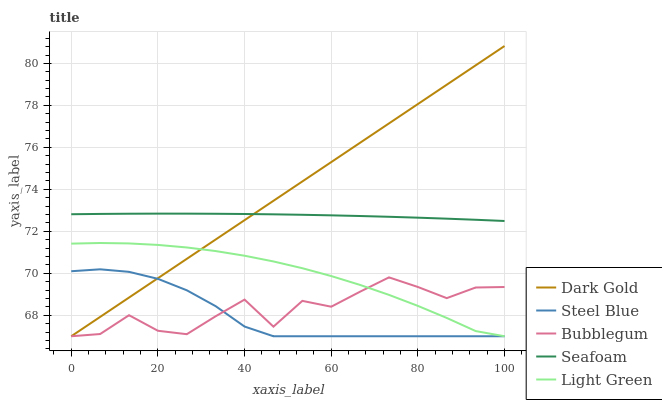
| xaxis_label | Dark Gold | Steel Blue | Bubblegum | Seafoam | Light Green |
 | --- | --- | --- | --- | --- | --- |
 | 0 | 67 | 70.1 | 67 | 72.8 | 71.4 |
 | 6.67 | 67.9 | 70.2 | 67.1 | 72.8 | 71.4 |
 | 13.3 | 68.8 | 70.1 | 68 | 72.8 | 71.4 |
 | 20 | 69.8 | 69.7 | 67.3 | 72.8 | 71.4 |
 | 26.7 | 70.7 | 69.2 | 67.1 | 72.8 | 71.2 |
 | 33.3 | 71.6 | 68.4 | 68 | 72.8 | 71.1 |
 | 40 | 72.5 | 67.5 | 68.7 | 72.8 | 70.8 |
 | 46.7 | 73.5 | 67 | 67.5 | 72.8 | 70.6 |
 | 53.3 | 74.4 | 67 | 68.7 | 72.8 | 70.2 |
 | 60 | 75.3 | 67 | 68.4 | 72.8 | 69.9 |
 | 66.7 | 76.2 | 67 | 69.1 | 72.7 | 69.4 |
 | 73.3 | 77.1 | 67 | 69.8 | 72.7 | 69 |
 | 80 | 78.1 | 67 | 69.3 | 72.6 | 68.4 |
 | 86.7 | 79 | 67 | 68.8 | 72.6 | 67.9 |
 | 93.3 | 79.9 | 67 | 69.3 | 72.5 | 67.2 |
 | 100 | 80.8 | 67 | 69.3 | 72.5 | 67 |